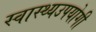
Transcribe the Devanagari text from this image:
स्वास्थ्यउपयोगी